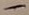
Text: -